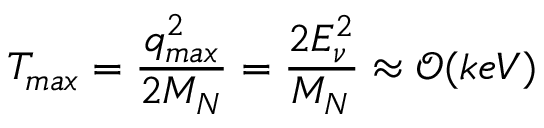
T _ { m a x } = \frac { q _ { m a x } ^ { 2 } } { 2 M _ { N } } = \frac { 2 E _ { \nu } ^ { 2 } } { M _ { N } } \approx \mathcal { O } ( k e V )